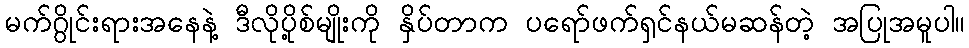
မက်ဂွိုင်းရားအနေနဲ့ ဒီလိုပို့စ်မျိုးကို နှိပ်တာက ပရော်ဖက်ရှင်နယ်မဆန်တဲ့ အပြုအမူပါ။